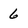
Character: 6